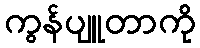
ကွန်ပျူတာကို